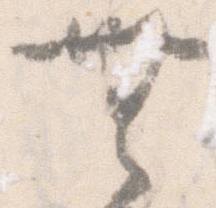
無